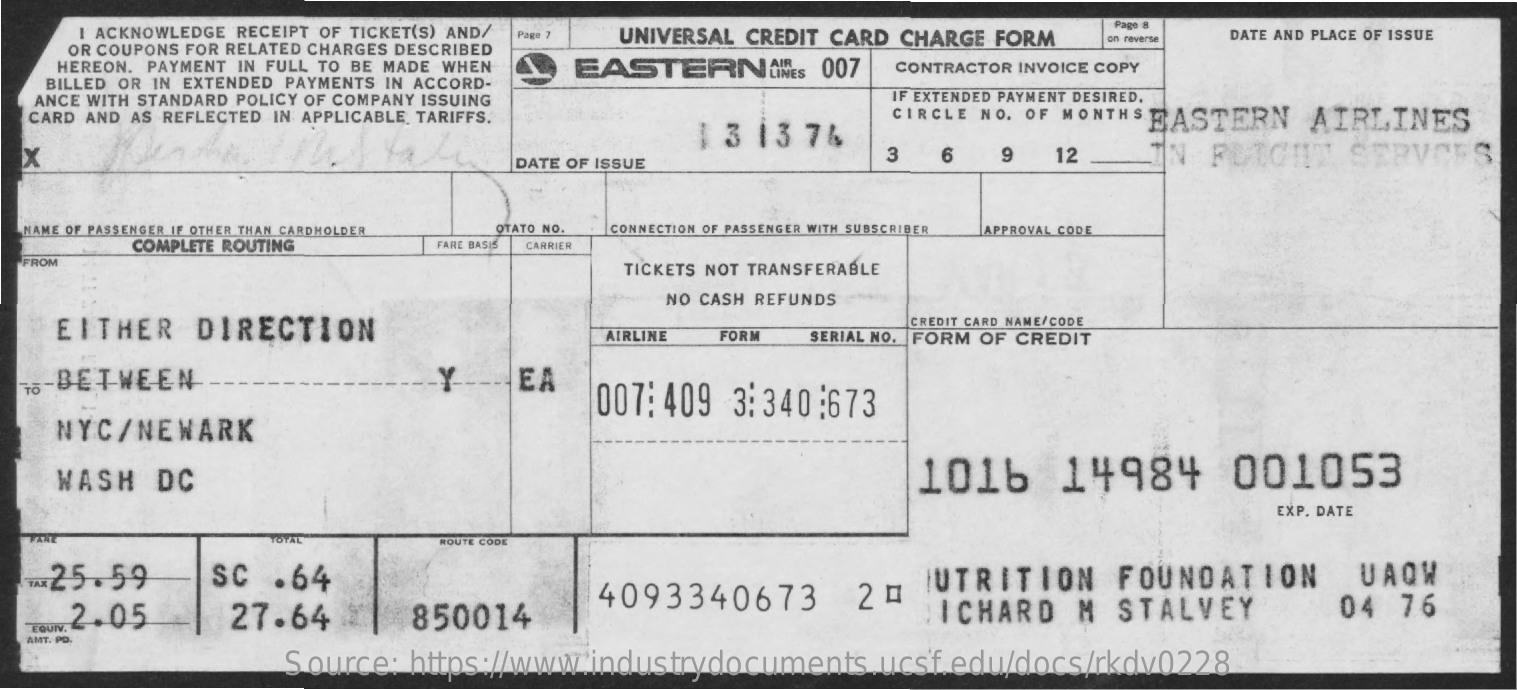
I ACKNOWLEDGE RECEIPT OF TICKET(S) AND/
     OR COUPONS FOR RELATED CHARGES DESCRIBED
     Page 7   UNIVERSAL CREDIT  CARD CHARGE   FORM
     Page 8
     on reverse DATE AND PLACE OF ISSUE
     HEREON. PAYMENT IN FULL TO BE MADE WHEN    EASTERNINES    007   CONTRACTOR INVOICE COPY
    BILLED OR IN EXTENDED PAYMENTS IN ACCORD-
   ANCE WITH STANDARD POLICY OF COMPANY ISSUING    IF EXTENDED PAYMENT DESIRED.
   CARD AND AS REFLECTED IN APPLICABLE TARIFFS.
     1 3  13  76
     CIRCLE NO. OF MONTHS  EASTERN    AIRLINES
     IN   FURCHT    SERVOES
     DATE OF ISSUE
     3   6    9    12
  NAME OF PASSENGER IF OTHER THAN CARDHOLDER OTATO NO. CONNECTION OF PASSENGER WITH SUBSCRIBER APPROVAL CODE
     COMPLETE ROUTING    FARE BASIS CARRIER
  FROM
     TICKETS NOT TRANSFERABLE
     NO CASH REFUNDS
     EITHER    DIRECTION
     AIRLINE
     CREDIT CARD NAME/CODE
     FORM    SERIAL NO. FORM OF CREDIT
    -BETWEEN    .Y.    EA
     007: 409   3:340:673
     NYC/NEWARK
     WASH    DC    1016    14984    001053
     EXP. DATE
     TOTAL    ROUTE CODE
    -25.59    SC   .64
     27.64
     4093340673    20   NUTRITION    FOUNDATION    UAQW
     2.05    850014    JICHARD    M   STALVEY    04   76
   EQUIV.
   AMT. PD.
     Source:   https://www.industrydocuments.ucsf.edu/docs/rkdv0228